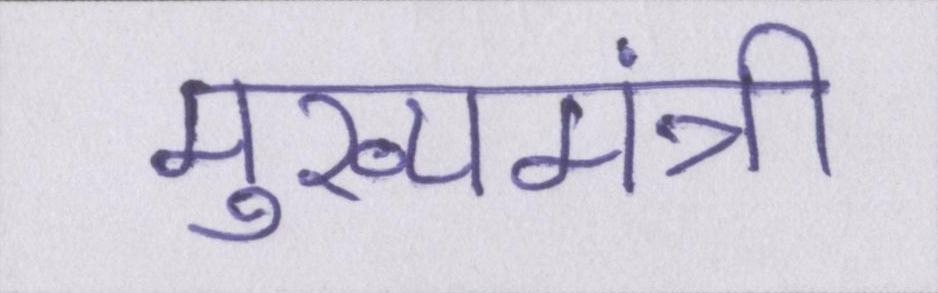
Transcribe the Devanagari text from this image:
मुख्यमंत्री